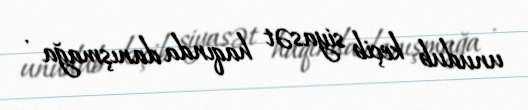
unudub keçib siyasət haqında danışmağa .